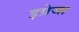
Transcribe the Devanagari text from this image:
इग्रेजा